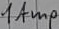
Text: 1Amp